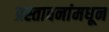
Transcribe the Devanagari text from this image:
प्रस्तावनांमधून